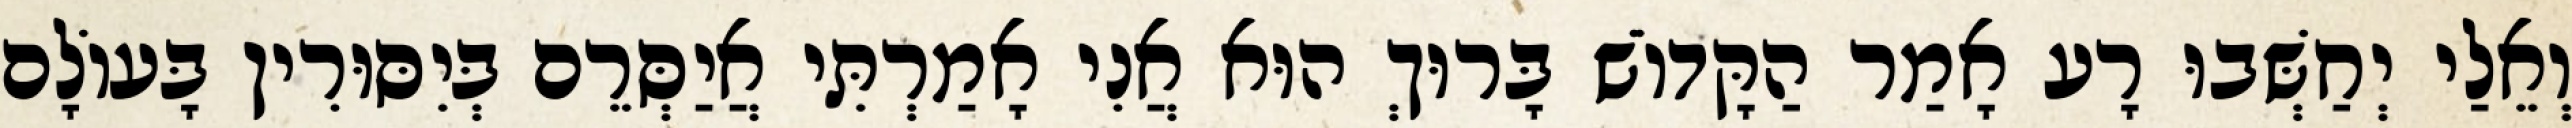
וְאֵלַי יְחַשְּׁבוּ רָע אָמַר הַקָּדוֹשׁ בָּרוּךְ הוּא אֲנִי אָמַרְתִּי אֲיַסְּרֵם בְּיִסּוּרִין בָּעוֹלָם